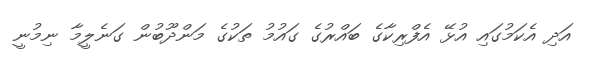
އަދި އެކަމުގައި އުޅޭ އެފްރިކާގެ ބައްރުގެ ގައުމު ތަކުގެ މަންދޫބުން ގަނެލީމާ ނިމުނީ